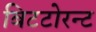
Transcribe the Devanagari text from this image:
बिटटोरन्ट